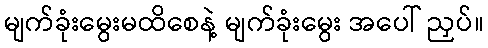
မျက်ခုံးမွေးမထိစေနဲ့ မျက်ခုံးမွေး အပေါ် ညှပ်။